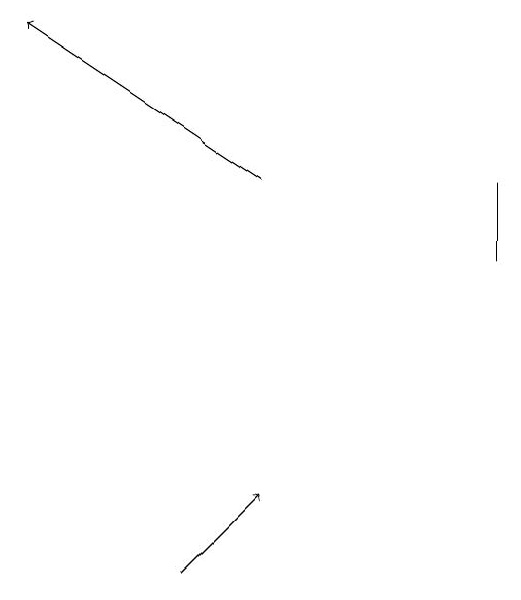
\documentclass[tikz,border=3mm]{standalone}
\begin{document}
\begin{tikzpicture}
\draw[->] (5,12) -- (6,13);
\draw (9,17) rectangle (9,16);
\draw[->] (6,17) -- (3,19);
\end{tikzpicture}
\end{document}